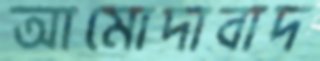
আমোদাবাদ